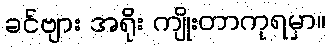
ခင်ဗျား အရိုး ကျိုးတာကုရမှာ။